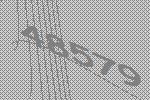
48579